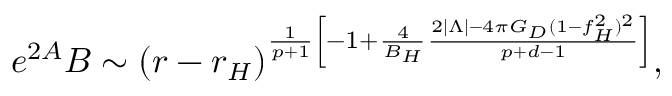
e ^ { 2 A } B \sim ( r - r _ { H } ) ^ { \frac { 1 } { p + 1 } \left[ - 1 + \frac { 4 } { B _ { H } } \frac { 2 | \Lambda | - 4 \pi G _ { D } ( 1 - f _ { H } ^ { 2 } ) ^ { 2 } } { p + d - 1 } \right] } ,